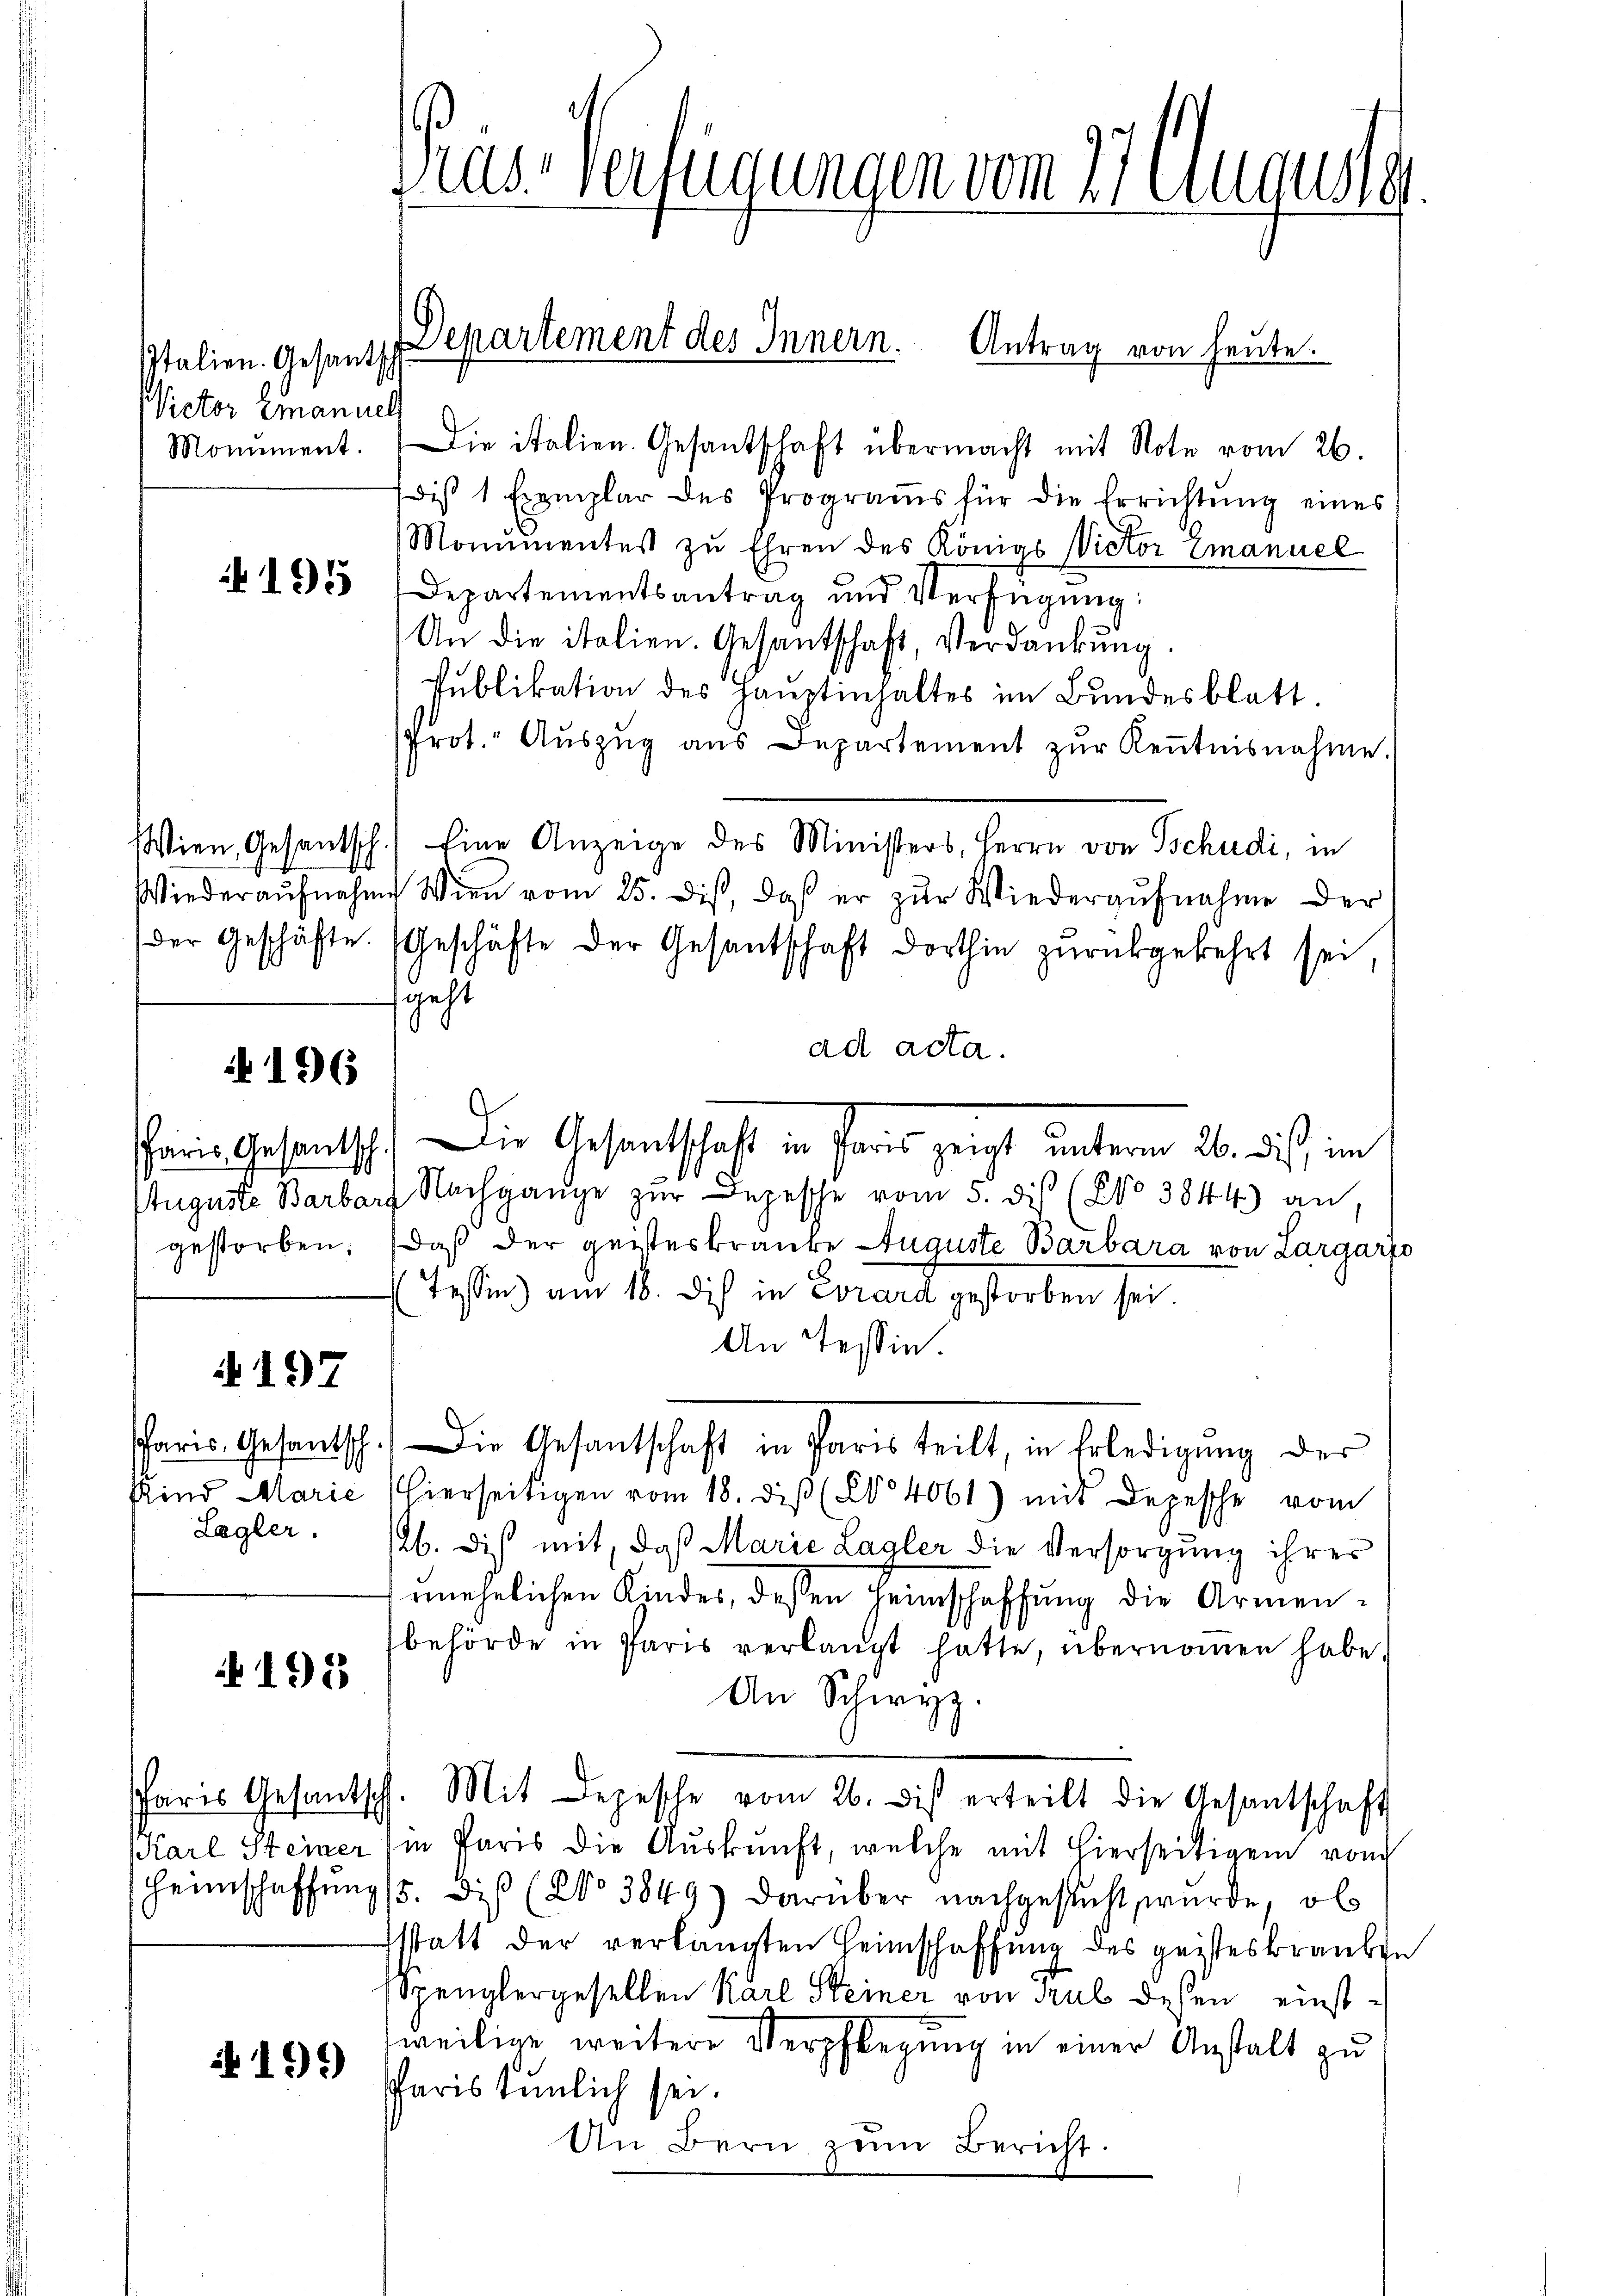
Italien. Gesandsch
Victor Emanuel

195

196

gestorben;

A 197

Lagler.

198

2199

Monument. Die italien. Gesantschaft übermacht mit Note vom 26.
dis 1 Exemplar des Programs für die Errichtung eines
Momimentes zu Ehren des Königs Victor Emanuel
Departementsantrag und Verfügŭng:
An die italien. Gesantschaft, Verdankung.
Publikation des Hauptinhaltes im Bundesblatt.
Prot. Aŭszŭg aŭs Departement zŭr Keṅtnisnahme.
Wien, Gesantsch.) Eine Anzeige des Ministers, Herrn von Tschudi, in
Wiederaŭfnahme Wien vom 25. dis, daß er zŭr Wiederaŭfnahme der
(der Geschäfte. (Geschäfte der Gesantschaft dorthin zŭrückgekehrt sei,
sgeht
ad acta.
Paris Gesandtsch. Die Gesandtschaft in Paris zeigt unterm 26. dis, im
Auguste Barbar Nachgange zur Depesche vom 5. dis (No 3844) an
Daß der geisteskranke Auguste Barbara von Largario
Tessin am 18. Dies in Corart gestorben sei
An Tessin.
Paris Gesandtsch. Die Gesantschaft in Paris teilt, in Erledigung der
Kind Marie (hierseitigen vom 18. diβ (No 4061) mit Depesche vom
16. Dieß mit, daß Marie Lagler die Versorgung ihres
unehelichen Kindes, dessen Heimschaffung die Armenbehörde in Paris verlangt hatte, übernommen habe.
An Schwyz.
Paris Gesantsch. Mit Depesche vom 26. dis erteilt die Gesantschaft
Karl Steiner in Paris die Auskunft, welche mit hierseitigen vom
Heimschaffung (s. dieß (No 3849) darüber nachgesteht wurde, ob
statt der verlangten Heimschaffung des geisteskranken
Spenglergesellen Karl Steiner von aus dessen einstweilige weitere Verpflegung in einer Anstalt zu
Paris tunlich sei.
An Bern zum Bericht.

Pas Verfügungen vom 27. Augusta

Departement des Innern. Antrag von heute.